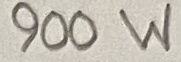
Text: 900W